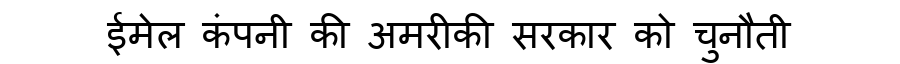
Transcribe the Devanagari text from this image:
ईमेल कंपनी की अमरीकी सरकार को चुनौती